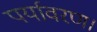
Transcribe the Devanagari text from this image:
पर्यावरण।